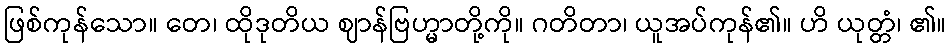
ဖြစ်ကုန်သော။ တေ၊ ထိုဒုတိယ ဈာန်ဗြဟ္မာတို့ကို။ ဂတိတာ၊ ယူအပ်ကုန်၏။ ဟိ ယုတ္တံ၊ ၏။